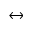
\leftrightarrow